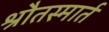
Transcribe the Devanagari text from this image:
श्रौतस्मार्त